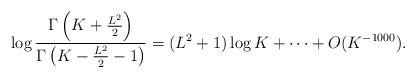
LaTeX: \begin{align*}\log \frac{\Gamma\left(K+\frac{L^2}{2}\right)}{\Gamma\left(K-\frac{L^2}{2}-1\right)}= (L^2+1)\log K+\cdots+O(K^{-1000}).\end{align*}